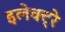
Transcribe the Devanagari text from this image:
इलेक्ट्रे